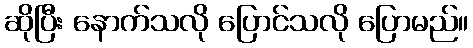
ဆိုပြီး နောက်သလို ပြောင်သလို ပြောမည်။